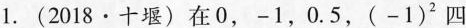
1.(2018·十堰)在0，-1，0.5，(-1)^{2} 四